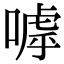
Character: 嘑